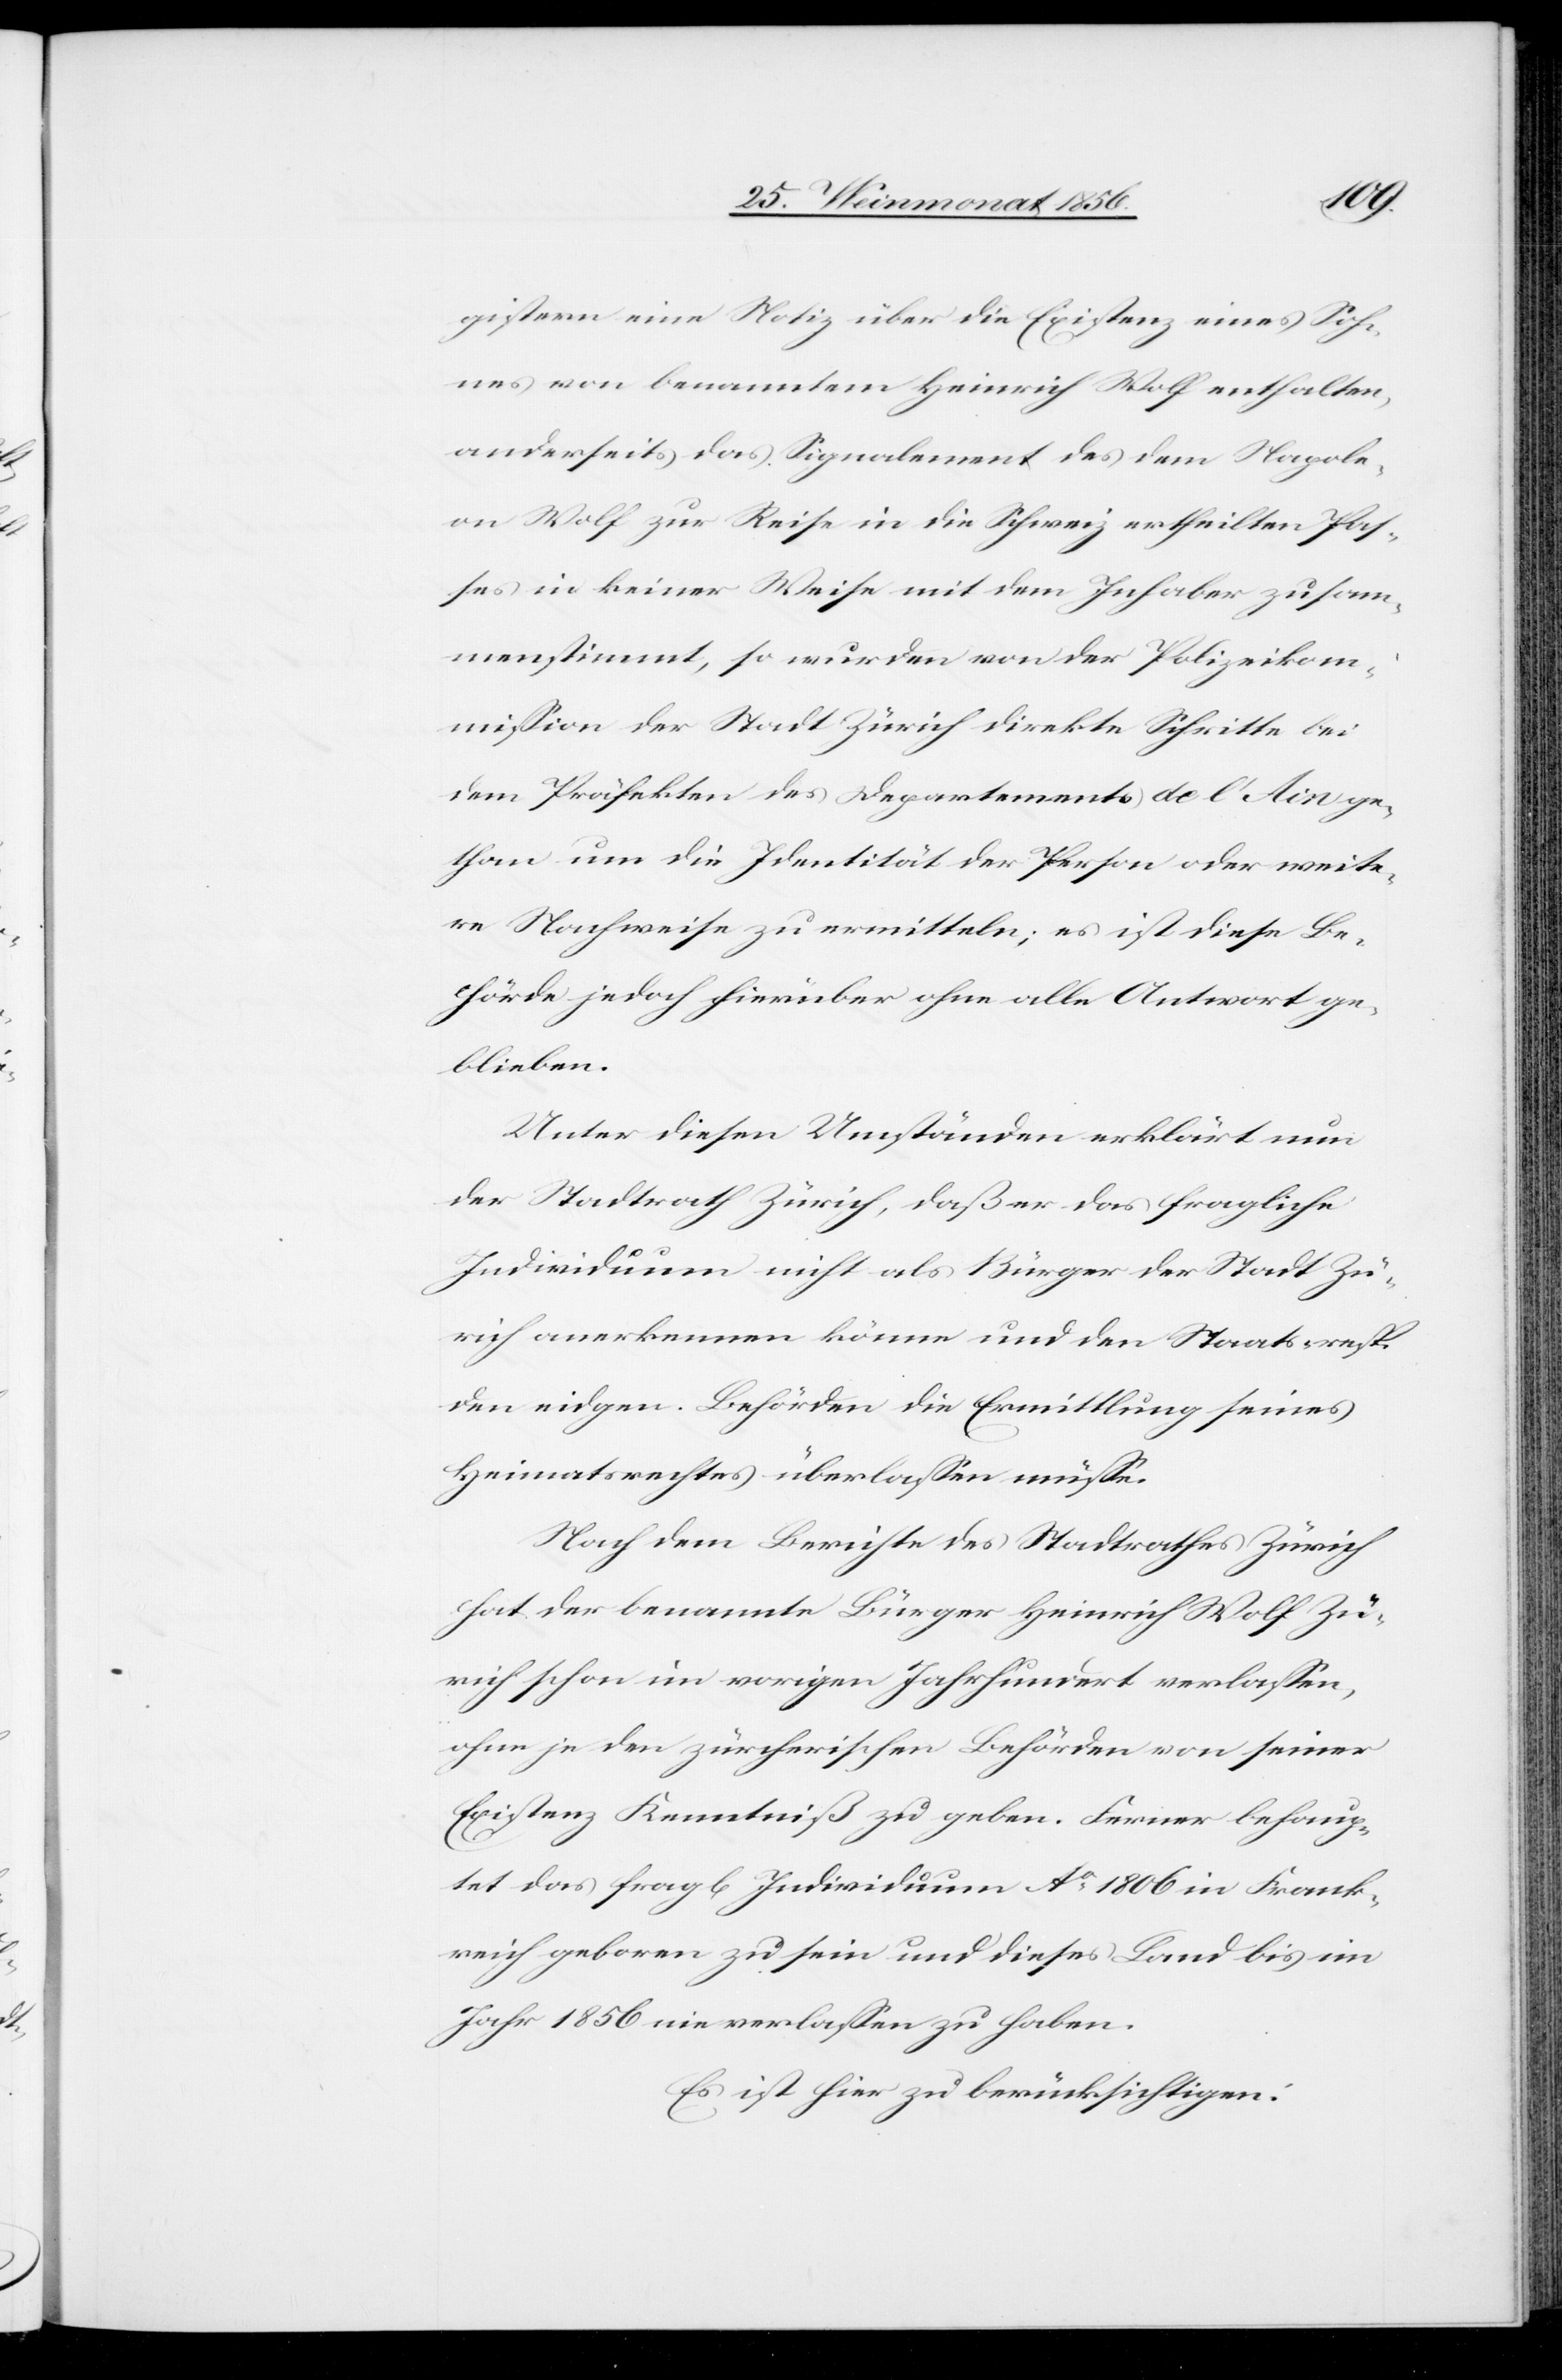
gistern eine Notiz über die Existenz eines Soh¬
nes von benanntem Heinrich Wolf enthalten,
anderseits das Signalement des dem Napole¬
on Wolf zur Reise in die Schweiz ertheilten Pas¬
ses in keiner Weise mit dem Inhaber zusam¬
menstimmt, so wurden von der Polizeikom¬
mission der Stadt Zürich direkte Schritte bei
dem Präfekten des Departements de l'Ain ge¬
than um die Identität der Person oder weite¬
re Nachweise zu vermitteln; es ist diese Be¬
hörde jedoch hierüber ohne alle Antwort ge¬
blieben.
Unter diesen Umständen erklärt nun
der Stadtrath Zürich, daß er das fragliche
Individuum nicht als Bürger der Stadt Zü¬
rich anerkennen könne und den Staats- resp.
den eidgen. Behörden die Ermittlung seines
Heimatsrechtes überlassen müsse.
Nach dem Berichte des Stadtrathes Zürich
hat der benannte Bürger Heinrich Wolf Zü¬
rich schon im vorigen Jahrhundert verlassen,
ohne je den zürcherischen Behörden von seiner
Existenz Kenntniß zu geben. Ferner behaup¬
tet das fragl[iche] Individuum Ao 1806 in Frank¬
reich geboren zu sein und dieses Land bis im
Jahr 1856 nie verlassen zu haben.
Es ist hier zu berücksichtigen: